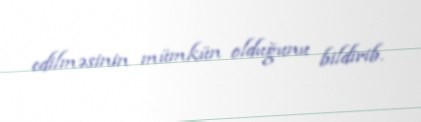
edilməsinin mümkün olduğunu bildirib.